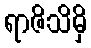
ရာဇိသိမှိ